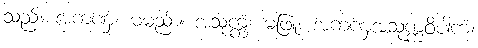
သည်။ အကဏှံ၊ မမည်း။ အသုက္ကံ၊ မဖြူ။ အကဏှအသုက္ကဝိပါကံ၊